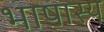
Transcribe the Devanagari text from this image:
भाषास्य